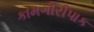
કામગીરીપાક